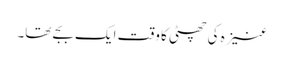
عنیزہ کی چھٹی کا وقت ایک بجے تھا۔